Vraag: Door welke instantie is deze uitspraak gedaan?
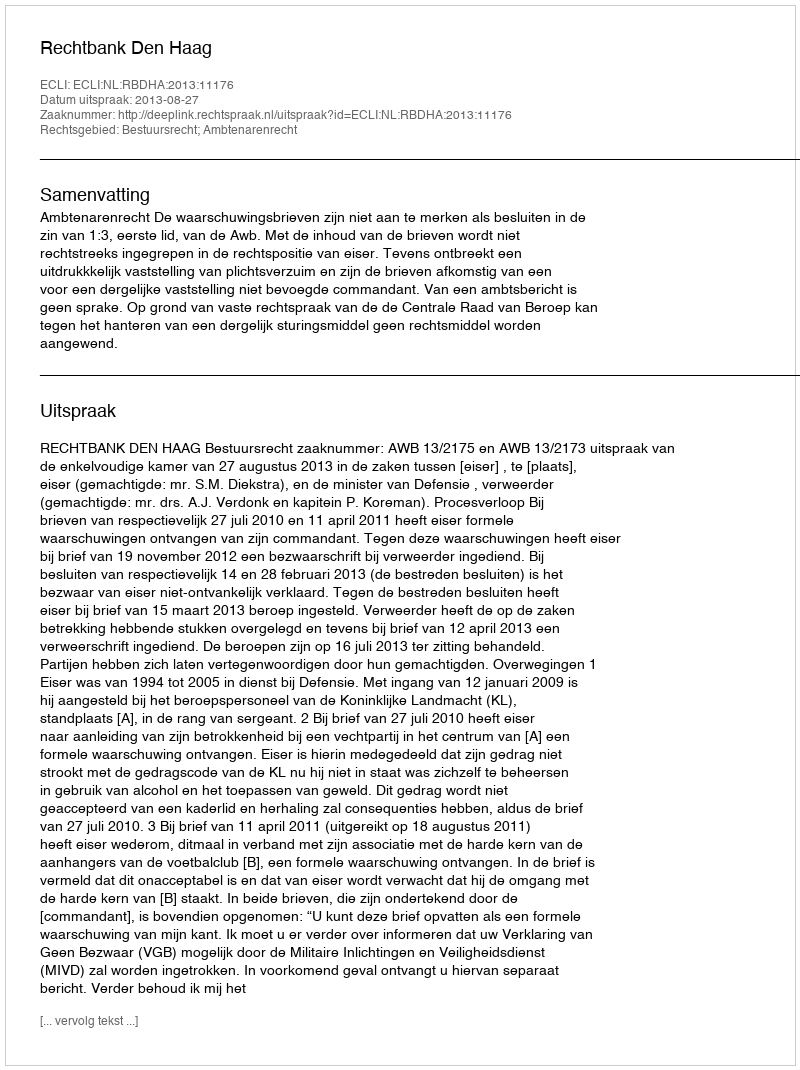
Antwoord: Rechtbank Den Haag